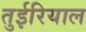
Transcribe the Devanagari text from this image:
तुईरियाल